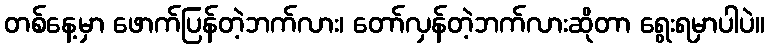
တစ်နေ့မှာ ဖောက်ပြန်တဲ့ဘက်လား၊ တော်လှန်တဲ့ဘက်လားဆိုတာ ရွေးရမှာပါပဲ။